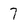
Character: 7